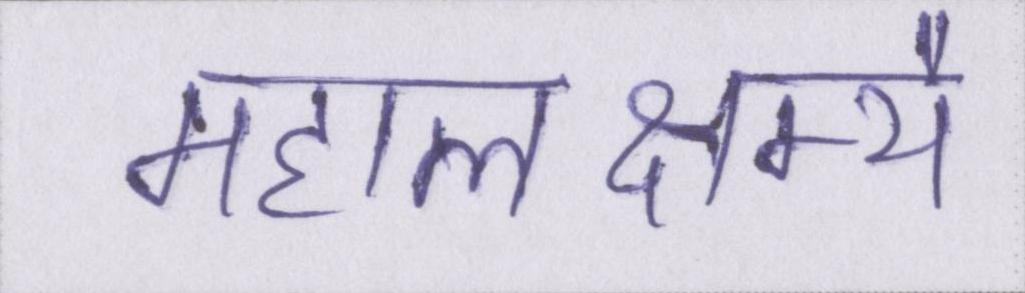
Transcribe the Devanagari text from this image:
महालक्ष्म्यै